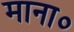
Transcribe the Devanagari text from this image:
माना०